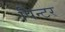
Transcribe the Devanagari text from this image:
पिन्टर